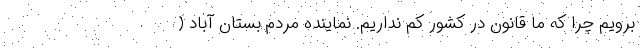
برویم چرا که ما قانون در کشور کم نداریم. نماینده مردم بستان آباد (